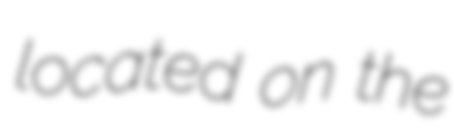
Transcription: located on the